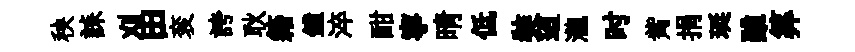
秧誄刈田衮誇耿籍鐘淬酣寧晴低奘迢瀧时觜捐珽雖筭